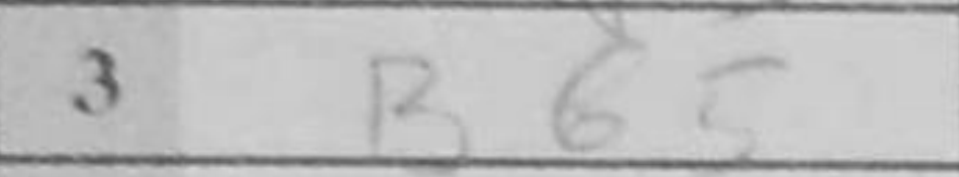
Transcription: Bb5